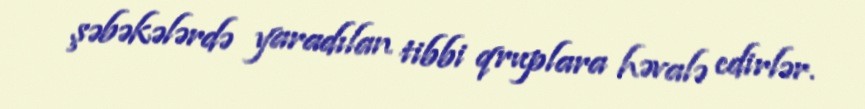
şəbəkələrdə yaradılan tibbi qruplara həvalə edirlər.